Tezpur Lunatic Asylum reports 1895-1904 - 1895-1904
Year: 1895
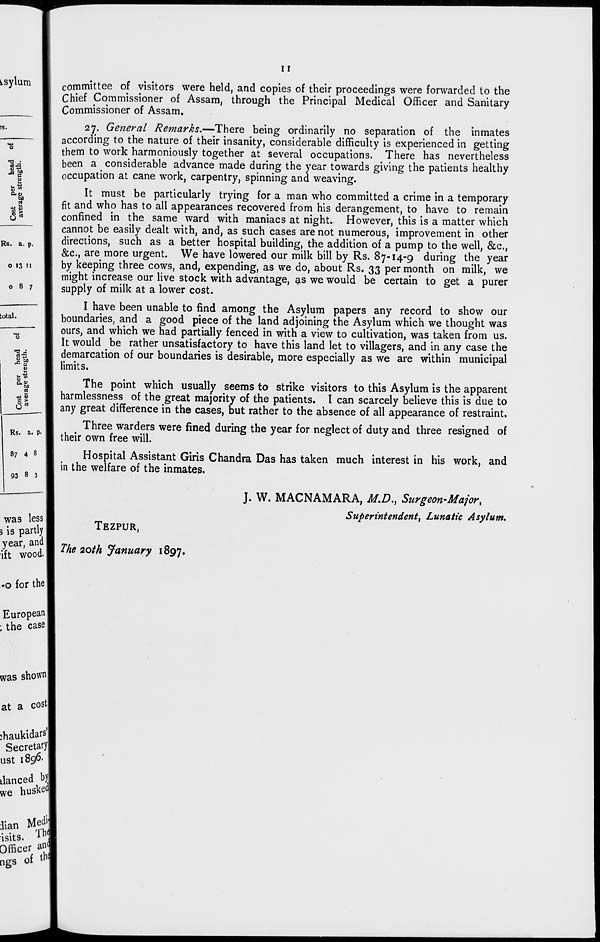
asylum
S tli
r~ DO
*" G
g
CL, 4)
M
2
IB U
r°,5
Rs. a. p.
o 13 11
087
total.
•= B
V
u
0
Q. H bo
V
>
0 ct)
Rs. a P-
87 4 8
was less
3 is partly
year, and
ift wood.
11
committee of visitors were held, and copies of their proceedings were forwarded to the
Chief Commissioner of Assam, through the Principal Medical Officer and Sanitary
Commissioner of Assam.
27. General Remarks.—There being ordinarily no separation of the inmates
according to the nature of their insanity, considerable difficulty is experienced in getting
them to work harmoniously together at several occupations. There has nevertheless
been a considerable advance made during the year towards giving the patients healthy
occupation at cane work, carpentry, spinning and weaving.
It must be particularly trying for a man who committed a crime in a temporary
fit and who has to all appearances recovered from his derangement, to have to remain
confined in the same ward with maniacs at night. However, this is a matter which
cannot be easily dealt with, and, as such cases are not numerous, improvement in other
directions, such as a better hospital building, the addition of a pump to the well, &c,
&c, are more urgent. We have lowered our milk bill by Rs. 87-14-9 during the year
by keeping three cows, and, expending, as we do, about Rs. 33 per month on milk, we
might increase our live stock with advantage, as we would be certain to get a purer
supply of milk at a lower cost.
I have been unable to find among the Asylum papers any record to show our
boundaries, and a good piece of the land adjoining the Asylum which we thought was
ours, and which we had partially fenced in with a view to cultivation, was taken from us.
It would be rather unsatisfactory to have this land let to villagers, and in any case the
demarcation of our boundaries is desirable, more especially as we are within municipal
limits.
The point which usually seems to strike visitors to this Asylum is the apparent
harmlessness of the great majority of the patients. I can scarcely believe this is due to
any great difference in the cases, but rather to the absence of all appearance of restraint,
Three warders were fined during the year for neglect of duty and three resigned of
their own free will.
Hospital Assistant Giris Chandra Das has taken much interest in his work, and
in the welfare of the inmates.
TEZPUR,
The 20th January 1897,
J. W. MACNAMARA, M.D., Surgeon-Mafor,
Superintendent, Lunatic Asylum.
-o for the
European I
: the case
was shown
at a cost
)haukidars'|
Secretaryj
ust 1896.
danced bl
we husked
iian Medj
isits. A hfi
Officer an
ngs of tb